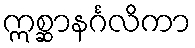
ဣစ္ဆာနင်္ဂလိကာ